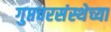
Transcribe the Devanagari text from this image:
गुप्तचरसंस्थेच्या